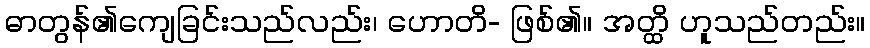
ဓာတွန်၏ကျေခြင်းသည်လည်း၊ ဟောတိ- ဖြစ်၏။ အတ္ထိ ဟူသည်တည်း။